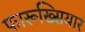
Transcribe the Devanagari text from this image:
फारूख्सियार